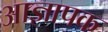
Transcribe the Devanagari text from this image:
आज्ञापक